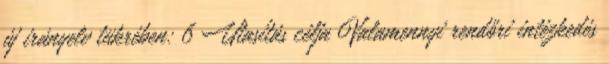
új irányelv tükrében: 6 Utasítás célja Valamennyi rendőri intézkedés